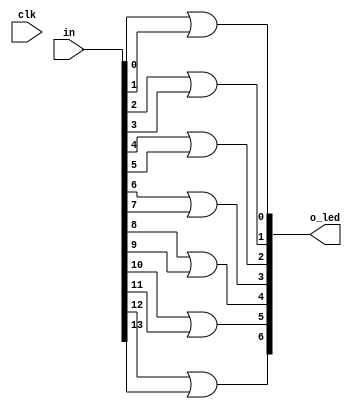
module simpleOR(
    input[13:0] in,  //Input
    input clk,
    output[7:0] o_led);  //Output to LED

    //Combinational logic 
    //
    //Drives o_led high if in is high
//    always @(*) begin
       assign o_led[0] = in[0] | in[1];
       assign o_led[1] = in[2] | in[3];
       assign o_led[2] = in[4] | in[5];
       assign o_led[3] = in[6] | in[7];
       assign o_led[4] = in[8] | in[9];
       assign o_led[5] = in[10] | in[11];
       assign o_led[6] = in[12] | in[13];
//    end

  //  reg register;
  //  always @(posedge clk) begin
  //      if(in[0] & in[1])
  //      register <= in[13];
  //      else 
  //      register <= register;
  //  end

  //  assign o_led[7] = register;

    // use a width factor of at least 40
endmodule